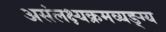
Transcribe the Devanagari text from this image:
असंलक्ष्यक्रमव्यङ्ग्य